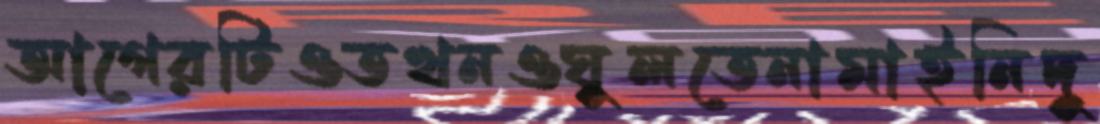
আগেরটিওতখনওঘুলতেনামাইনিদু